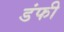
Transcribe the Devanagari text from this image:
डंफी